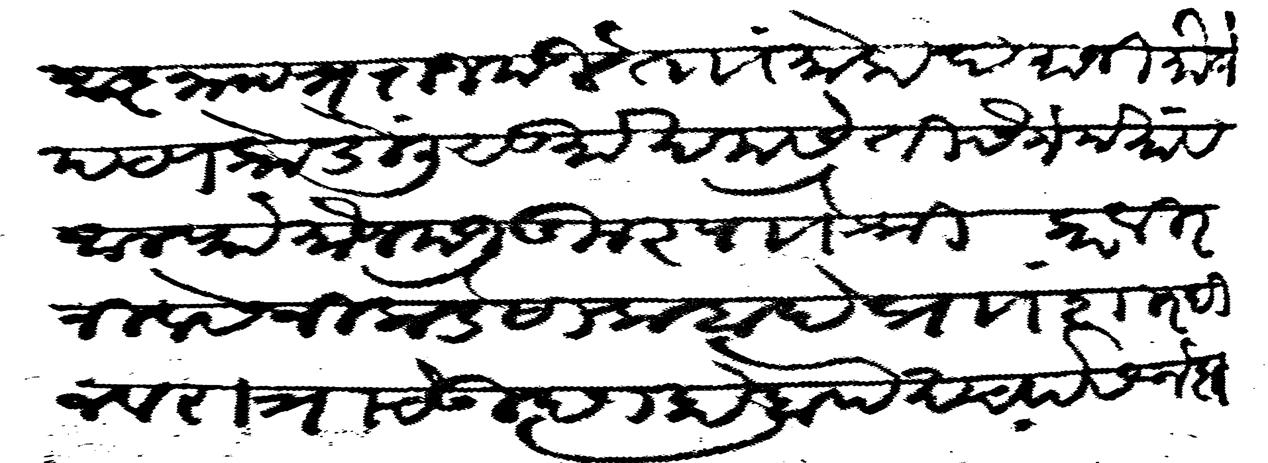
Transliteration (Devanagari): आज्ञापत्र राजमंडल ताां मोकदमानी मौजे पटणकोडोंली सुमा खमसे तीनसैन मयां व अलफे मौजे मजुकुर पाौ श्री करवीर नीवासेनीकडे सालाबादे प्राां शारदी नवरात्रीचे उत्छाहाबाो खर्चास नकत